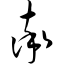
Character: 率